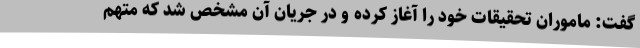
گفت: ماموران تحقیقات خود را آغاز کرده و در جریان آن مشخص شد که متهم